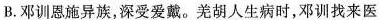
B. 邓训恩施异族，深受爱戴。羌胡人生病时，邓训找来医